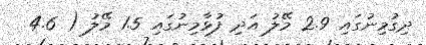
ދިގުމިނުގައި 2.9 މޭލު އަދި ފުޅާމިނުގައި 1.5 މޭލު ( 4.6